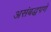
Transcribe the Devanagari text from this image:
असंबद्धपणे